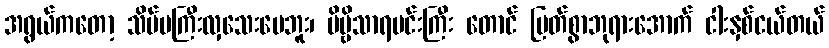
အရွယ်ကတော့ သိပ်မကြီးလှသေးပေဘူး၊ ဗိမ္ဗိသာရမင်းကြီး တောင် မြတ်စွာဘုရားအောက် ငါးနှစ်ငယ်တယ်